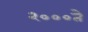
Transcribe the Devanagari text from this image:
२०००ते